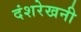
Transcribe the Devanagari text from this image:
दंशरेखनी